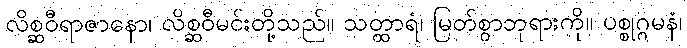
လိစ္ဆဝီရာဇာနော၊ လိစ္ဆဝီမင်းတို့သည်။ သတ္ထာရံ၊ မြတ်စွာဘုရားကို။ ပစ္စုဂ္ဂမနံ၊